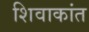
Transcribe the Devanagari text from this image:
शिवाकांत